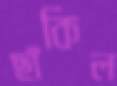
ছাঁকিল